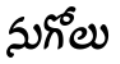
నుగోలు